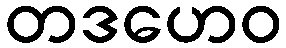
တဒဟေဝ